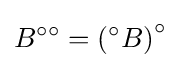
B^{\circ \circ }=\left({}^{\circ }B\right)^{\circ }